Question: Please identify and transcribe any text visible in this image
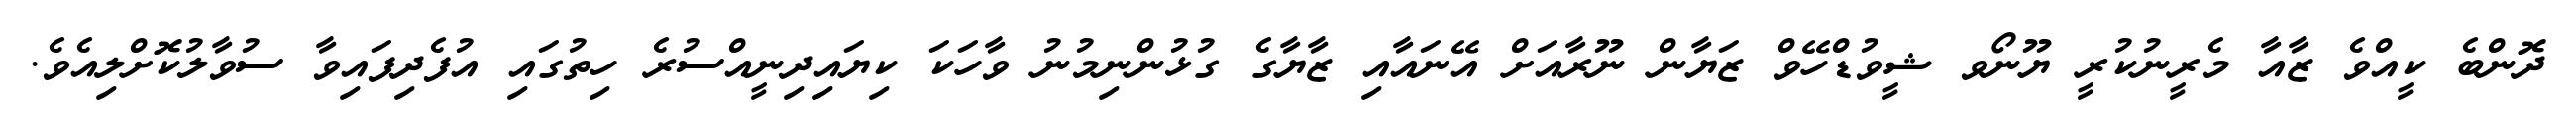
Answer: ދޮންބެ ކީއްވެ ޒާއާ މެރީނުކުރީ ޔޫނޯވ ޝީވުޑްހޭވް ޒަޔާން ނޫރާއަށް އޭނައާއި ޒާޔާގެ ގުޅުންނިމުނު ވާހަކަ ކިޔައިދިނީއްސުރެ ހިތުގައި އުފެދިފައިވާ ސުވާލުކޮށްލިއެވެ.